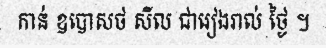
កាន់ ឧបោសថ សីល ជារៀងរាល់ ថ្ងៃ ។